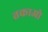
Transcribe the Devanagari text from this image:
तकाओ